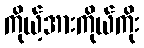
ကိုယ့်အားကိုယ်ကိုး